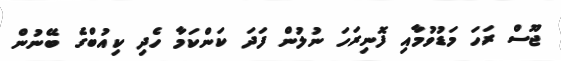
ޖޫސް ރަހަ މަޑުވުމާއި ފޮނިރަހަ ނުލުން ފަދަ ކަންކަމާ ހެދި ކިއުބްގެ ބޭނުން